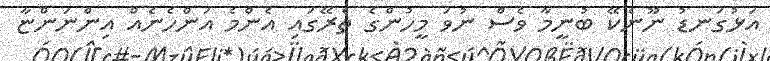
އަޅުގަނޑު ނޫނެކޭ ބުނީމާ ވެސް ނުވަ މީހުންގެ ތެރޭގައި އެންމެ އަންހެނެއް އިންނަންޏާ